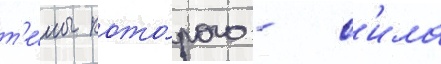
т'е́мы кото́рого - с'ила